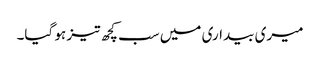
میری بیداری میں سب کچھ تیز ہو گیا۔